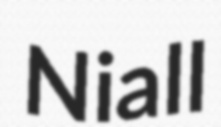
Niall